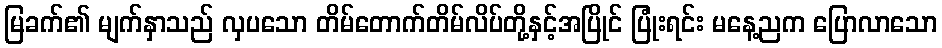
မြခက်၏ မျက်နှာသည် လှပသော တိမ်တောက်တိမ်လိပ်တို့နှင့်အပြိုင် ပြုံးရင်း မနေ့ညက ပြောလာသော